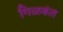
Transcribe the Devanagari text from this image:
गिळकंत